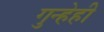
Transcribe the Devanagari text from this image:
गुन्हेही